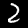
Digit: 2